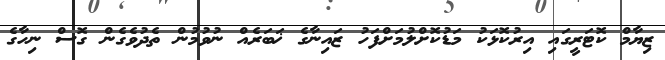
ޒިޔާމް ކޮޓަރީގައި އިރުކޮޅަކު މަޑުކޮށްލުމަށްފަހު ޒައިނާގެ ޚަބަރެއް ނުވުމުން ތެދުވެގެން ގޮސް ނިހާގެ